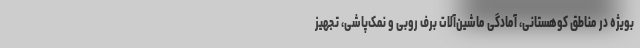
بویژه در مناطق کوهستانی، آمادگی ماشین‌آلات برف روبی و نمک‌پاشی، تجهیز